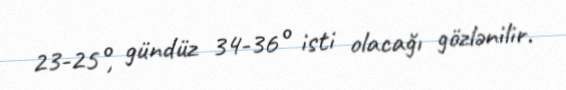
23-25°, gündüz 34-36° isti olacağı gözlənilir.